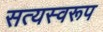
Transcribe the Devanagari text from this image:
सत्‍यस्‍वरूप